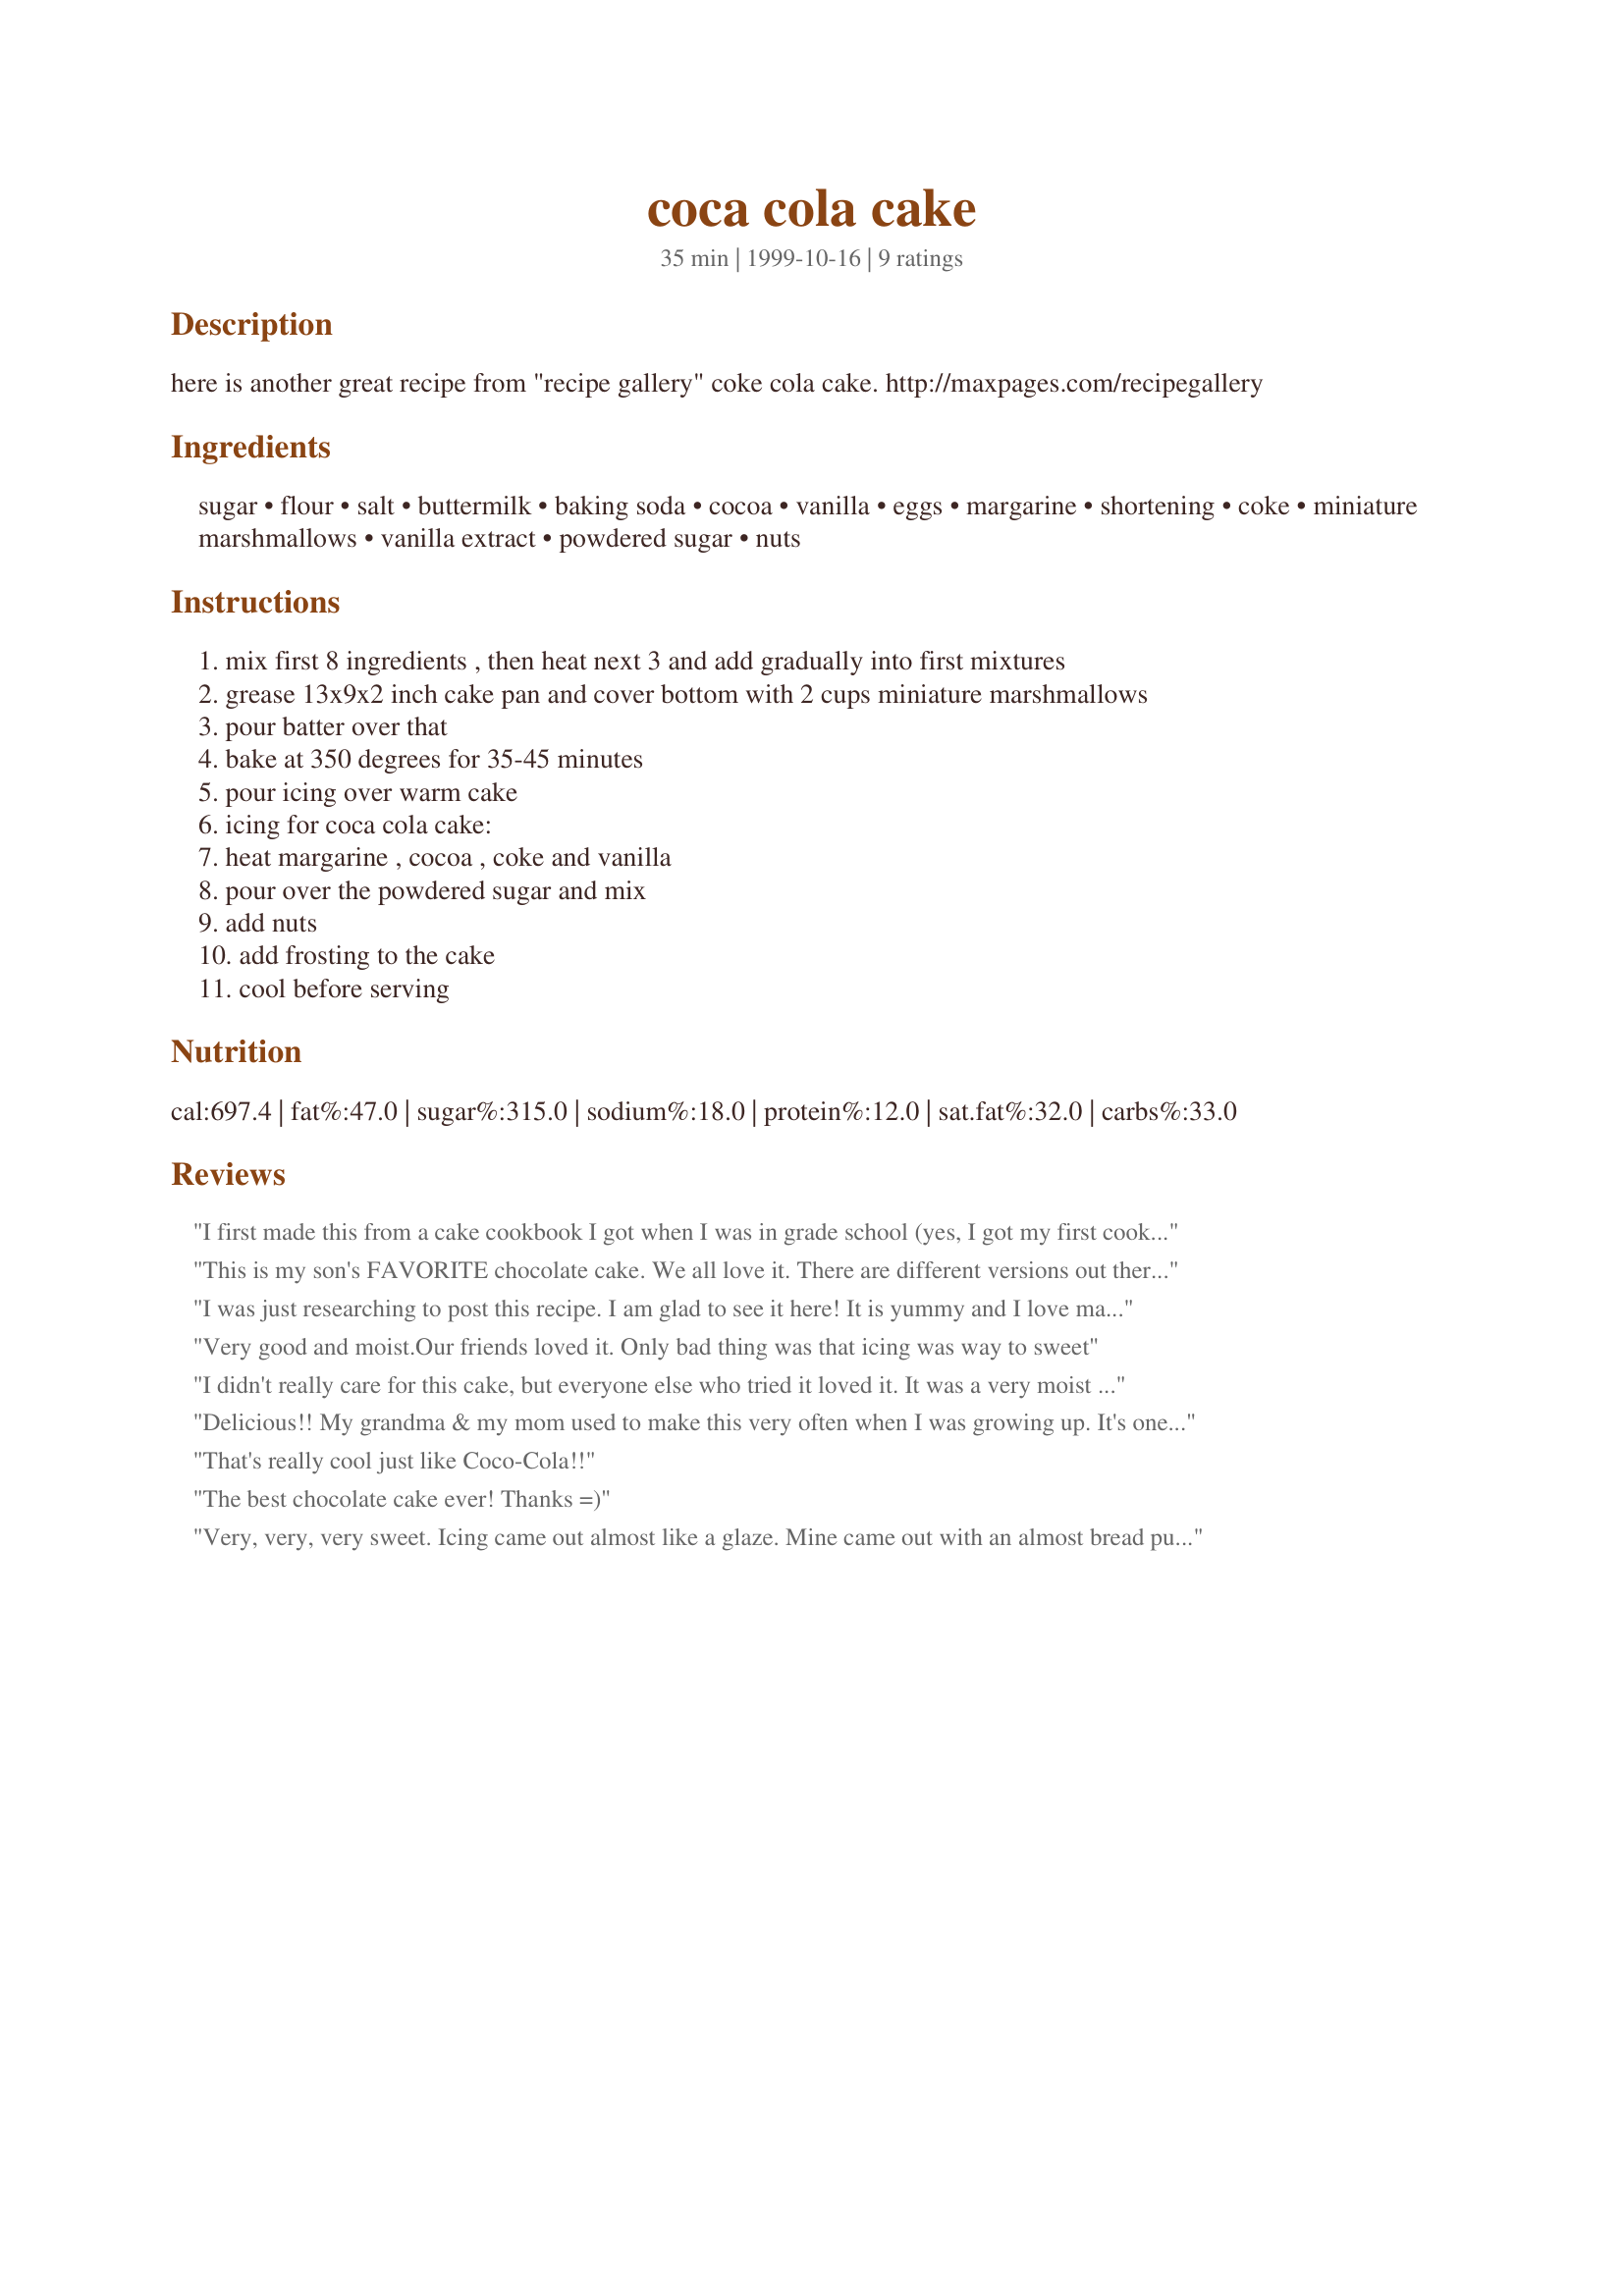
coca cola cake
Preparation time: 35 minutes

here is another great recipe from "recipe gallery" coke cola cake. http://maxpages.com/recipegallery

Ingredients:
sugar, flour, salt, buttermilk, baking soda, cocoa, vanilla, eggs, margarine, shortening, coke, miniature marshmallows, vanilla extract, powdered sugar, nuts

Steps:
mix first 8 ingredients , then heat next 3 and add gradually into first mixtures, grease 13x9x2 inch cake pan and cover bottom with 2 cups miniature marshmallows, pour batter over that, bake at 350 degrees for 35-45 minutes, pour icing over warm cake, icing for coca cola cake:, heat margarine , cocoa , coke and vanilla, pour over the powdered sugar and mix, add nuts, add frosting to the cake, cool before serving

Reviews:
I first made this from a cake cookbook I got when I was in grade school (yes, I got my first cookbook when I was in third grade). I found the idea of putting cola in a cake intriguing, and everyone enjoyed it. It's been years since I made this, I think I will have to make it again!
This is my son's FAVORITE chocolate cake. We all love it. There are different versions out there but this is the one we think is best. Thanks!
I was just researching to post this recipe. I am glad to see it here! It is yummy and I love marshmallows, which makes it even better!! My recipe only calls for 2 tablespoons cocoa in the cake and in the frosting. That is the only difference.
Very good and moist.Our friends loved it. Only bad thing was that icing was way to sweet
I didn't really care for this cake, but everyone else who tried it loved it. It was a very moist cake, it just wasn't for me.
Delicious!! My grandma & my mom used to make this very often when I was growing up. It's one of my dad's faves -- and one of mine :) Moist, flavorful, and easy too. I omit the nuts from the frosting --
That's really cool just like Coco-Cola!!
The best chocolate cake ever! Thanks =)
Very, very, very sweet. Icing came out almost like a glaze. Mine came out with an almost bread pudding texture- very moist. My kids loved it though- especially the way that the marshmallows browned and tasted like s&#039;mores. :)
